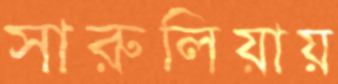
সারুলিয়ায়